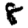
Digit: 8